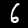
Digit: 6